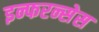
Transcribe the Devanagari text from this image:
इन्फरन्सेस